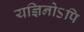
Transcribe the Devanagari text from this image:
यज्ञिनोऽपि